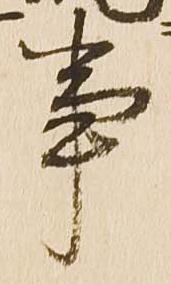
事